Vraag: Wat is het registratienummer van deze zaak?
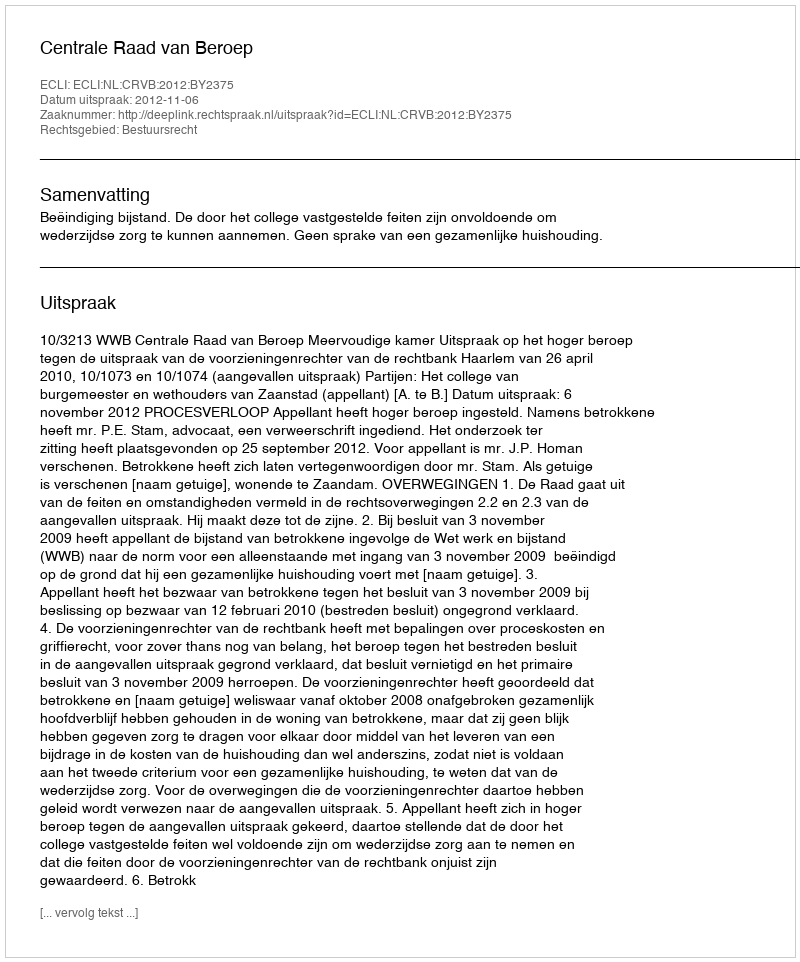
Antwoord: http://deeplink.rechtspraak.nl/uitspraak?id=ECLI:NL:CRVB:2012:BY2375